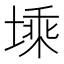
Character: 塖